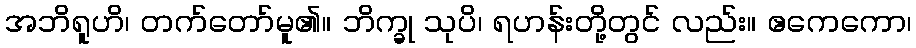
အဘိရူဟိ၊ တက်တော်မူ၏။ ဘိက္ခု သုပိ၊ ရဟန်းတို့တွင် လည်း။ ဧကေကော၊